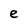
Character: e